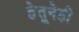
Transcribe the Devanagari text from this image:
हेतूनेही